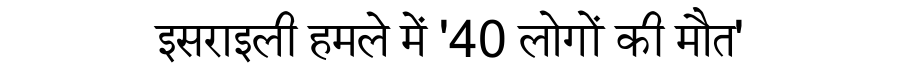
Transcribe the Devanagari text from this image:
इसराइली हमले में '40 लोगों की मौत'